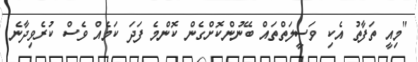
"މިއީ ތަފާތު އެކި ވަސީލަތްތައް ބޭނުންކޮށްގެން ކޮންމެ ފަދަ ކަމެއް ވެސް ކުރެވިދާނެ